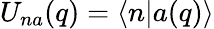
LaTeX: U_{na}(q)=\langle n|a(q)\rangle